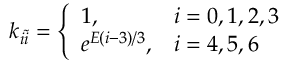
k _ { i \tilde { i } } = \left\{ \begin{array} { l l } { 1 , } & { i = 0 , 1 , 2 , 3 } \\ { e ^ { E ( i - 3 ) / 3 } , } & { i = 4 , 5 , 6 } \end{array} \right.